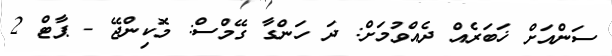
ސަންއަށް ޚަބަރެއް ދެއްވުމަށް: ދަ ހަންގާ ގޭމްސް: މޮކިންޖޭ - ޕާޓް 2